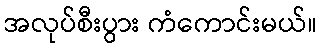
အလုပ်စီးပွား ကံကောင်းမယ်။